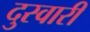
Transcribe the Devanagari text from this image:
दुस्वारी